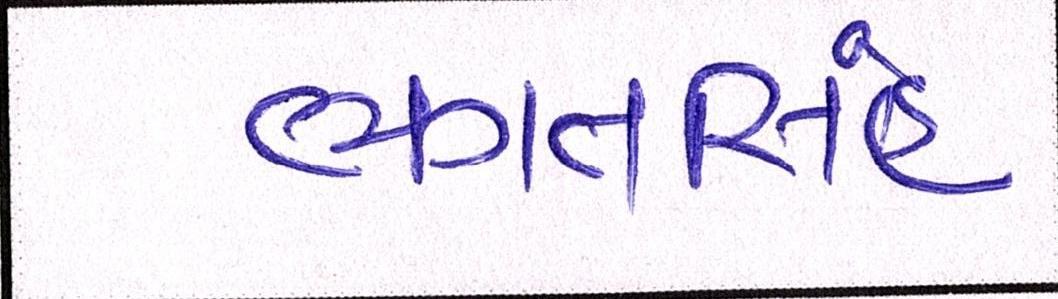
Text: ભગતસિંહ